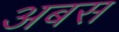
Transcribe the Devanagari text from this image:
अबस